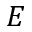
E